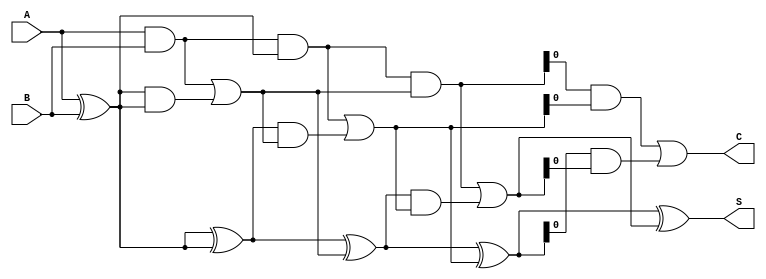
module Kogge_Stone_Adder (
    input wire [31:0] A,
    input wire [31:0] B,
    output reg [31:0] S,
    output reg C
);

wire [31:0] G, P;
wire [31:0] C_arr [4:0];
wire [31:0] G_arr [4:0];
wire [31:0] P_arr [4:0];

assign G_arr[0] = A & B;
assign P_arr[0] = A ^ B;
assign C_arr[0] = A ^ B;

assign G_arr[1] = G_arr[0] & C_arr[0];
assign P_arr[1] = P_arr[0] ^ C_arr[0];
assign C_arr[1] = G_arr[0] | (P_arr[0] & C_arr[0]);

assign G_arr[2] = G_arr[1] & C_arr[1];
assign P_arr[2] = P_arr[1] ^ C_arr[1];
assign C_arr[2] = G_arr[1] | (P_arr[1] & C_arr[1]);

assign G_arr[3] = G_arr[2] & C_arr[2];
assign P_arr[3] = P_arr[2] ^ C_arr[2];
assign C_arr[3] = G_arr[2] | (P_arr[2] & C_arr[2]);

assign G_arr[4] = G_arr[3] & C_arr[3];
assign P_arr[4] = P_arr[3] ^ C_arr[3];
assign C_arr[4] = G_arr[3] | (P_arr[3] & C_arr[3]);

assign S = P_arr[4];
assign C = C_arr[4];

endmodule